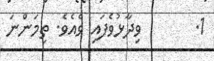
1.       ވިދާޅުވެފައި ވެއެވެ. ތިމަންނަ